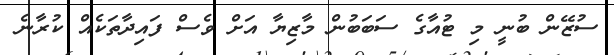
ސުޒޭން ބުނީ މި ޓުއާގެ ސަަބަބުން މާޒިޔާ އަށް ވެސް ފައިދާތަކެއް ކުރާނެ